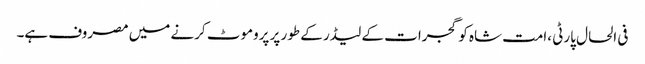
فی الحال پارٹی ،امت شاہ کو گجرات کے لیڈر کے طور پر پروموٹ کرنے میں مصروف ہے۔